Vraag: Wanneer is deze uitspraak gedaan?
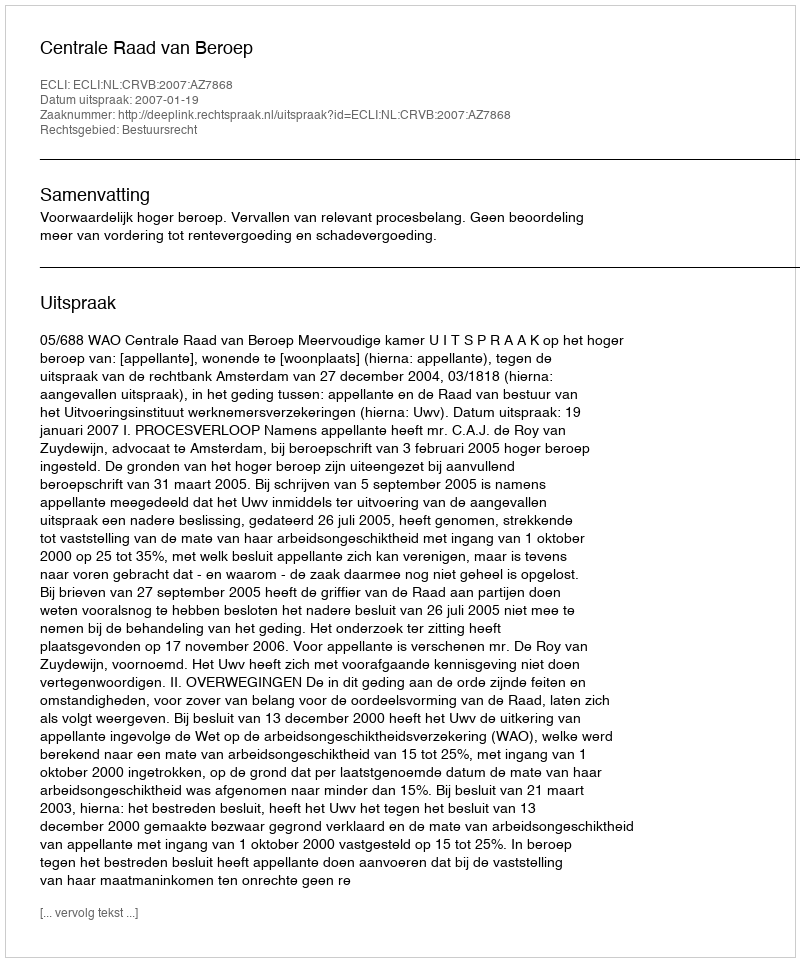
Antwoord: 2007-01-19